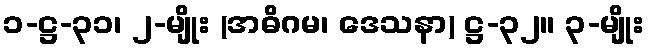
၁-ဋ္ဌ-၃၁၊ ၂-မျိုး (အဓိဂမ၊ ဒေသနာ) ဋ္ဌ-၃၂။ ၃-မျိုး